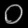
Digit: ၀